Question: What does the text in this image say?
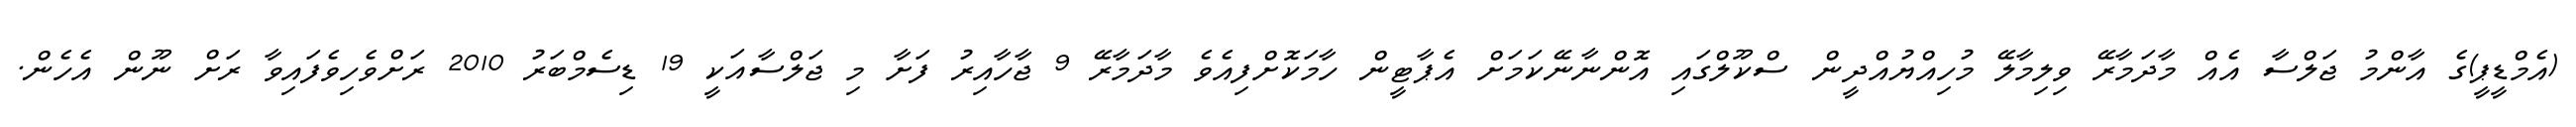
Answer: (އެމްޑީޕީ)ގެ އާންމު ޖަލްސާ އެއް މާދަމާރޭ ވިލިމާލޭ މުހިއްޔުއްދީން ސްކޫލްގައި އޮންނާނޭކަމަށް އެޕާޓީން ހާމަކޮށްފިއެވެ މާދަމާރޭ 9 ޖާހާއިރު ފަށާ މި ޖަލްސާއަކީ 19 ޑިސެމްބަރު 2010 ރަށްވެހިވެފައިވާ ރަށް ނޫން އެހެން.